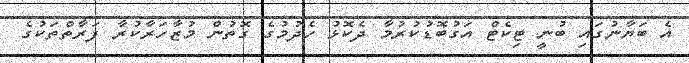
އެ ބަޔާނުގައި ބުނީ ޓިކެޓް އަގުބޮޑުކުރުމާ ދެކޮޅު ހެދުމުގެ ގޮތުން މުޒާހަރާކުރާ ފަރާތްތަކުގެ